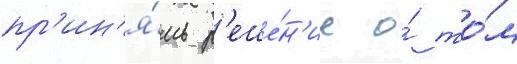
пр'ин'я́ть р'еше́н'ие о́ то́м